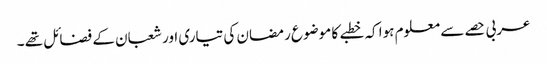
عربی حصے سے معلوم ہوا کہ خطبے کا موضوع رمضان کی تیاری اور شعبان کے فضائل تھے ۔